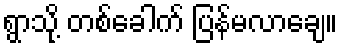
ရွာသို့ တစ်ခေါက် ပြန်မလာချေ။